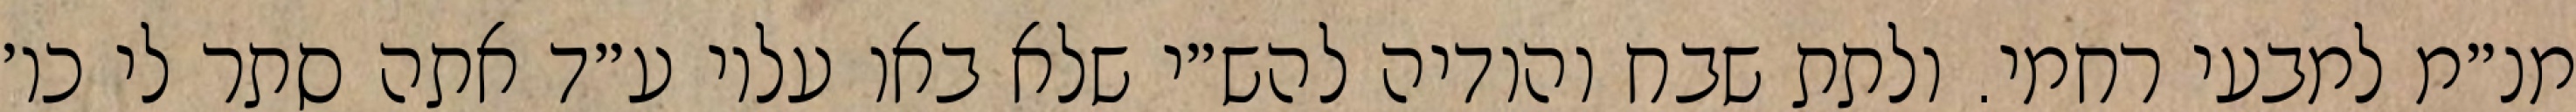
מנ״מ למבעי רחמי. ולתת שבח והודיה להש״י שלא באו עליו ע״ד אתה סתר לי כו׳